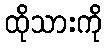
ထိုသားကို